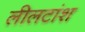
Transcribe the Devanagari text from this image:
लीलटांश